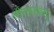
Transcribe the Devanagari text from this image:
सीएलडबल्यु